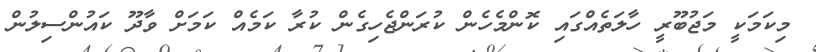
މިކަމަކީ މަޖުބޫރީ ހާލަތެއްގައި ކޮންމެހެން ކުރަންޖެހިގެން ކުރާ ކަމެއް ކަމަށް ވާދޫ ކައުންސިލުން